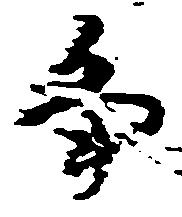
畠